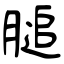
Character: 膇